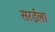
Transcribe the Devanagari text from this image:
सरईला